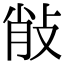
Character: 𢼼